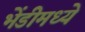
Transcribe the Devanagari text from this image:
भेंडीमध्ये